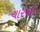
ચારચાર